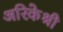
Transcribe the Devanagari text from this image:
अरिकेश्री